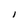
Character: l